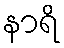
နာရိ